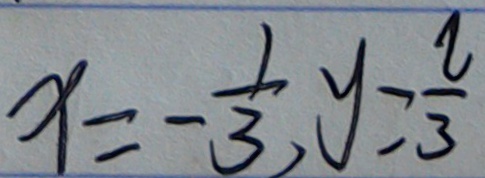
x = - \frac { 1 } { 3 } , y = \frac { 2 } { 3 }